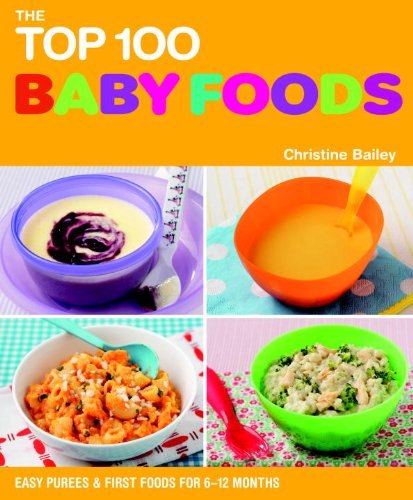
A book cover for The Top 100 Baby Food Recipes: Easy Purees & First Foods for 6-12 Months (The Top 100 Recipes Series); Christine Bailey; Cookbooks, Food & Wine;